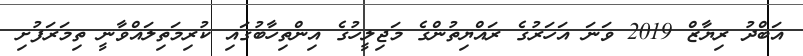
އަބްދު ރިޔާޒް 2019 ވަނަ އަހަރުގެ ރައްޔިތުންގެ މަޖިލީހުގެ އިންތިހާބުގައި ކުރިމަތިލައްވާނީ ތިމަރަފުށި